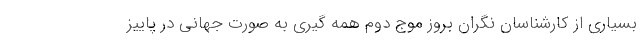
بسیاری از کارشناسان نگران بروز موج دوم همه گیری به صورت جهانی در پاییز